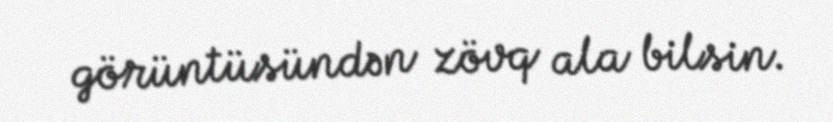
görüntüsündən zövq ala bilsin.